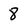
Character: 8